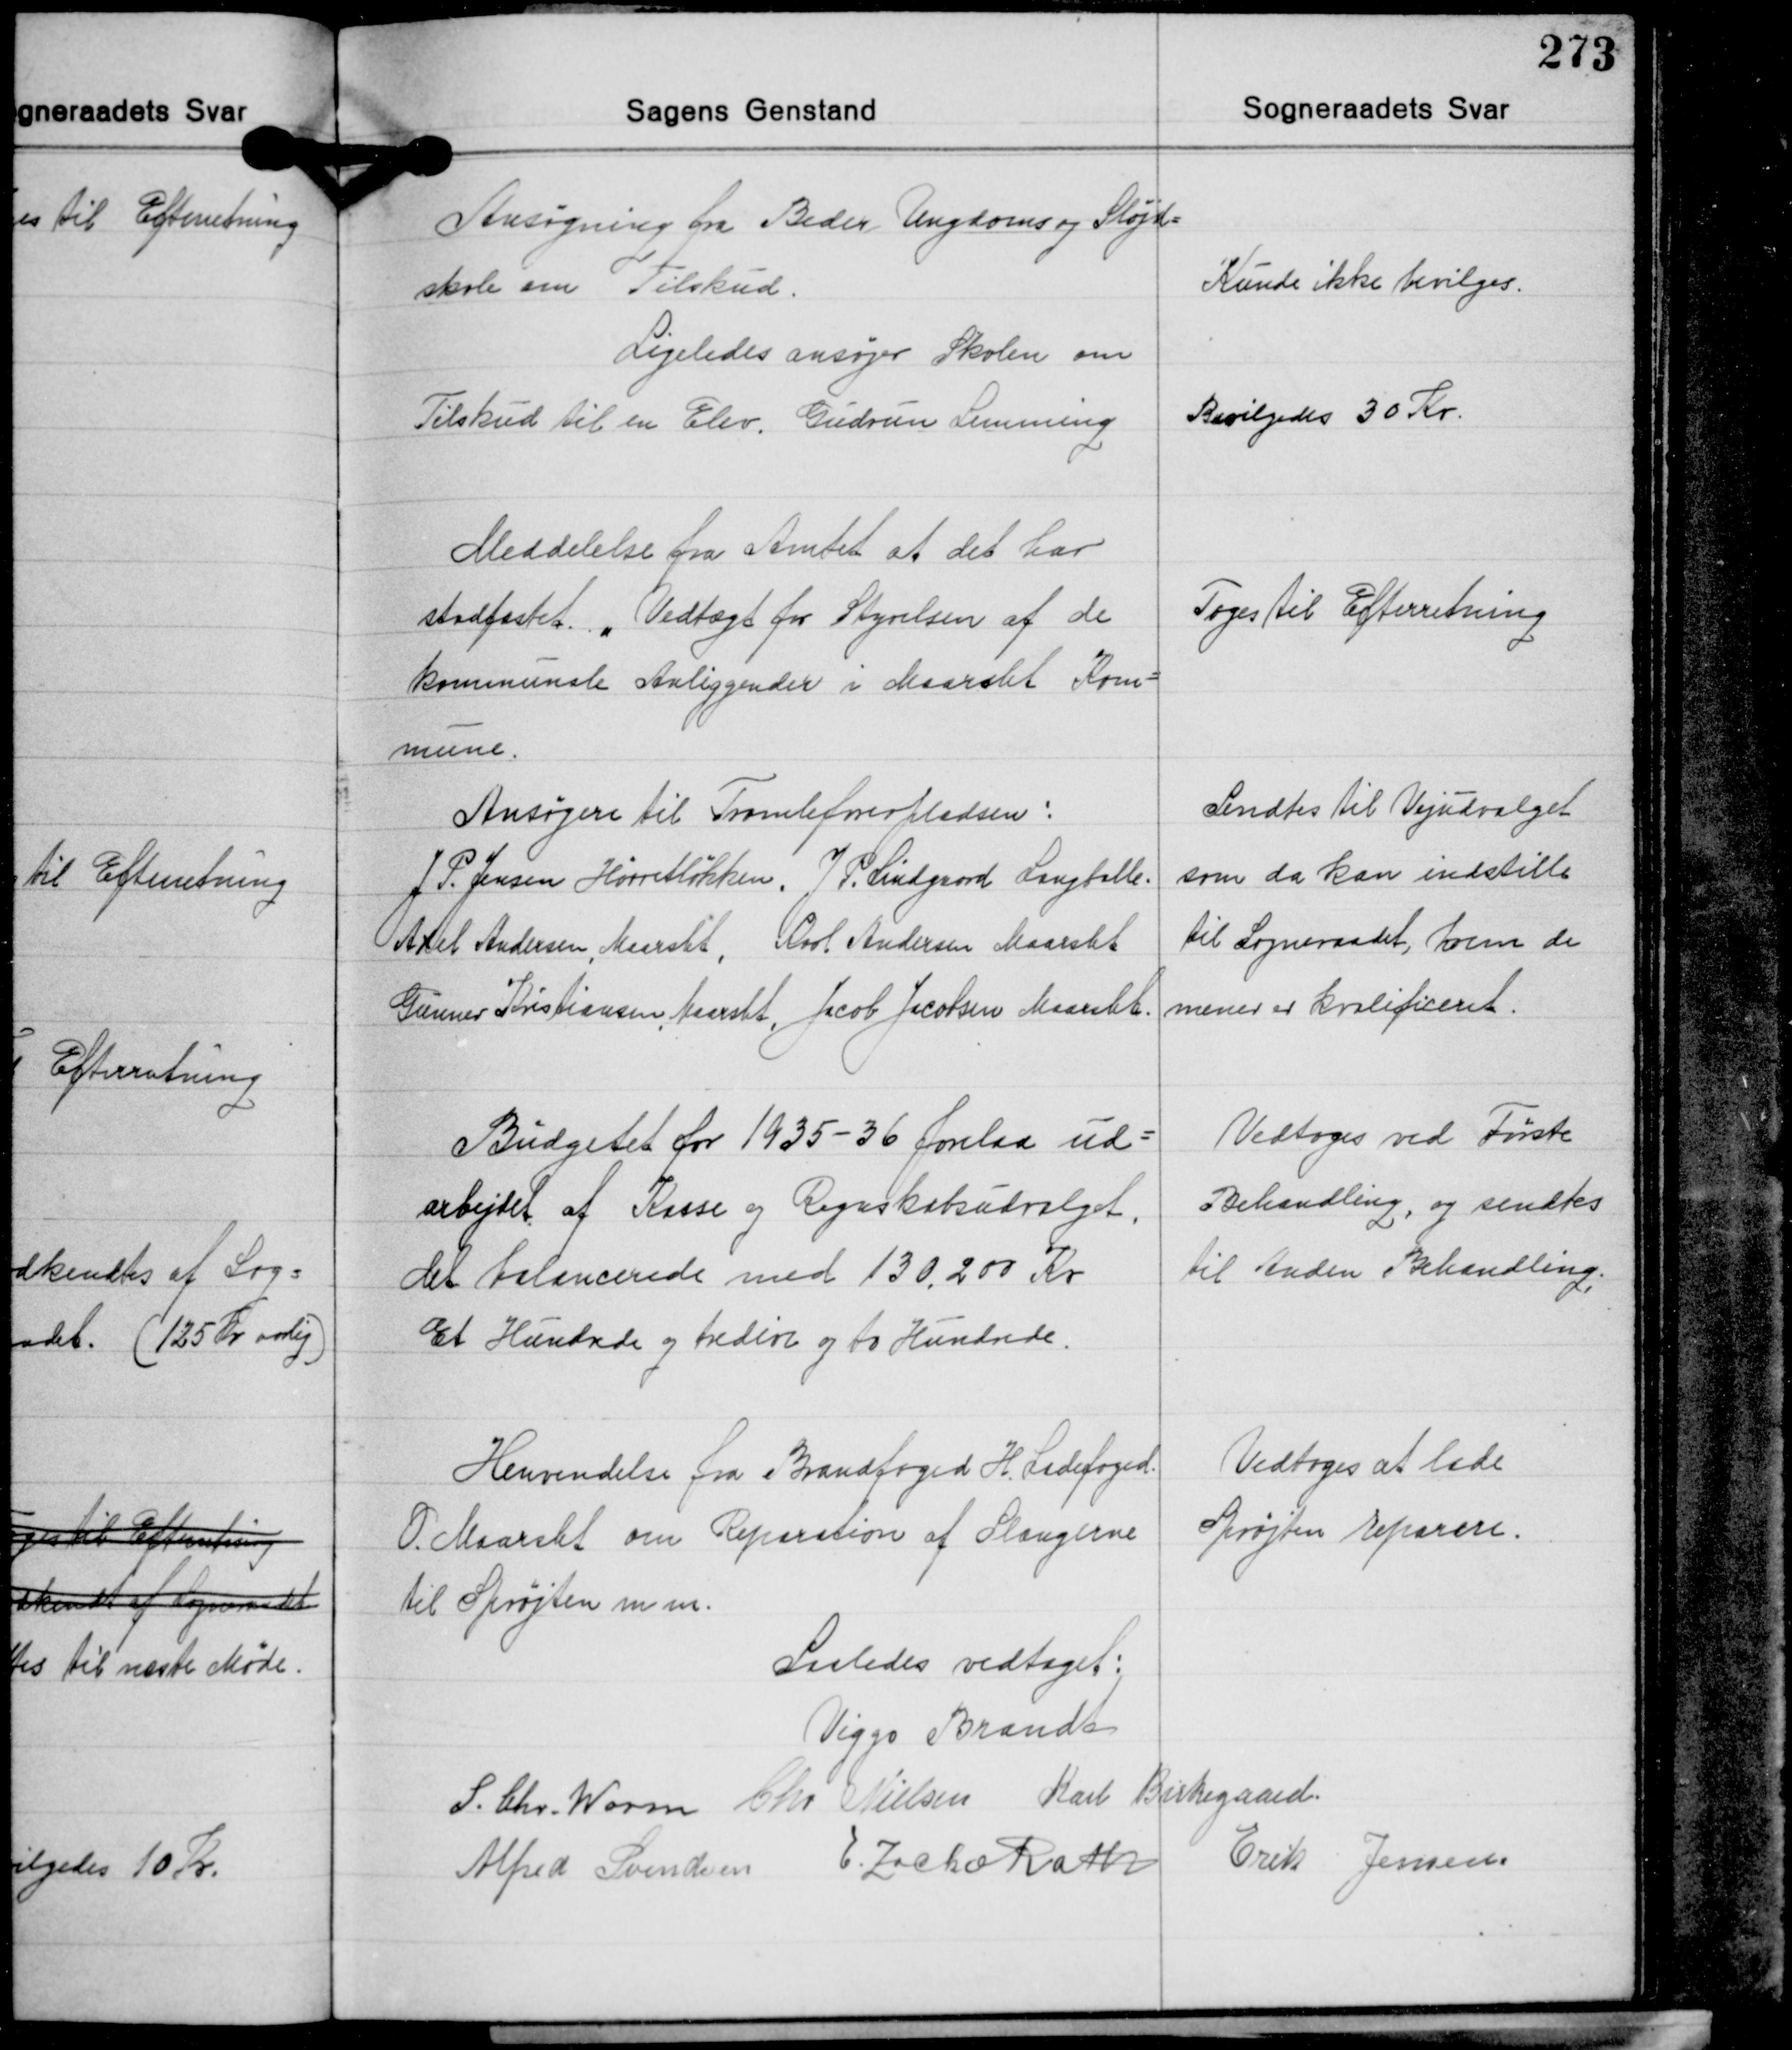
Transskription:
Ansøgning fra Beder Ungdoms og Sløjd-
skole om Tilskud.

Kunde ikke bevilges.

Ligeledes ansøger Skolen om
Tilskud til en Elev, Gudrun Lemming

Bevilgedes 30 Kr.

Meddelelse fra Amtet at det har
stadfæstet. "Vedtægt for Styrelsen af de
kommunale Anliggender i Maarslet Kom-
mune.

Toges til Efterretning

Ansøgere til Tromleførerpladsen:
J. P. Jensen Hørretløkken. J. P. Lindgaard Langballe
Axel Andersen, Maarslet, Karl Andersen Maarslet
Gunner Kristiansen, Maarslet, Jacob Jacobsen Maarslet.

Sendtes til Vejudvalget
som da kan indstille
til Sogneraadet, hvem de
mener er kvalificeret.

Budgetet for 1935-36 forelaa ud-
arbejdet af Kasse og Regnskabsudvalget.
det balancerede med 130.200 Kr.
Et Hundrde og tredive og to Hundrede.

Vedtoges ved Første
Behandling, og sendtes
til Anden Behandling.

Henvendelse fra Brandfoged H. Ladefoged.
O. Maarslet om Reparation af Slangerne
til Sprøjten m. m.

Vedtoges at lade
Sprøjten reparere.

Saaledes vedtaget:

Viggo Brandt
S. Chr. Worm Chr. Nielsen Karl Birkegaard
Erik Jensen
Alfred Svendsen E. Zacho Rath